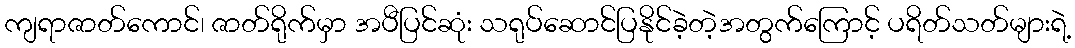
ကျရာဇာတ်ကောင်၊ ဇာတ်ရိုက်မှာ အပီပြင်ဆုံး သရုပ်ဆောင်ပြနိုင်ခဲ့တဲ့အတွက်ကြောင့် ပရိတ်သတ်များရဲ့